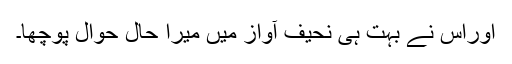
اوراس نے بہت ہی نحیف آواز میں میرا حال حوال پوچھا۔